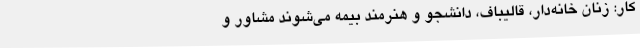
کار: زنان خانه‌دار، قالیباف، دانشجو و هنرمند بیمه می‌شوند مشاور و